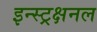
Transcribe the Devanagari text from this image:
इन्स्ट्रक्षनल